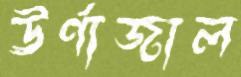
ঊর্ণাজাল